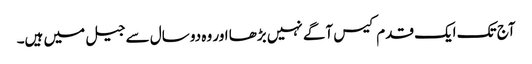
آج تک ایک قدم کیس آگے نہیں بڑھا اور وہ دو سال سے جیل میں ہیں۔